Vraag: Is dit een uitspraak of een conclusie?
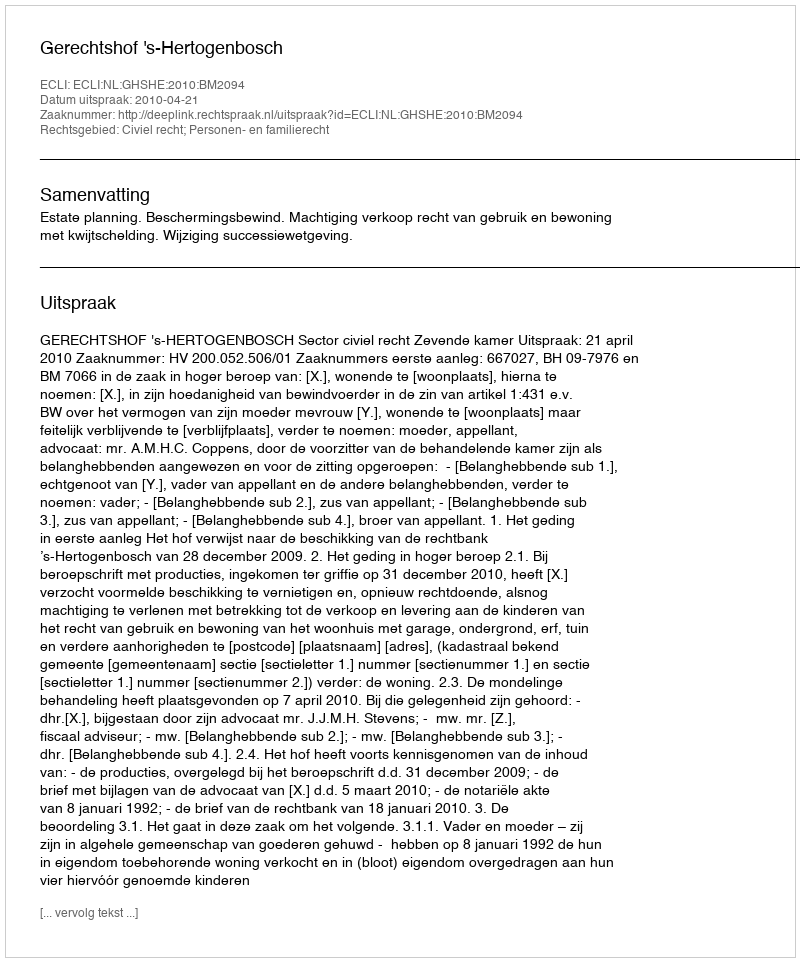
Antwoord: Uitspraak